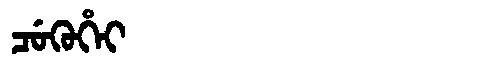
Manchu: ᠴᡠᡴᡠᡥᡝᡳ
Romanization: CUKUHEI